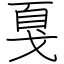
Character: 戛